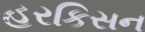
હરકિસન